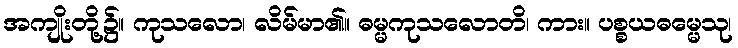
အကျိုးတို့၌။ ကုသလော၊ လိမ်မာ၏။ ဓမ္မကုသလောတိ၊ ကား။ ပစ္စယဓမ္မေသု၊